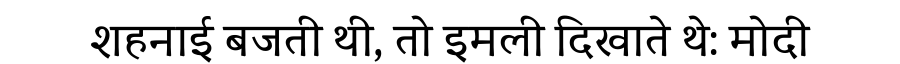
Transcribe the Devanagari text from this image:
शहनाई बजती थी, तो इमली दिखाते थे: मोदी